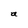
Character: a